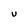
Character: v